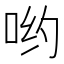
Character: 哟